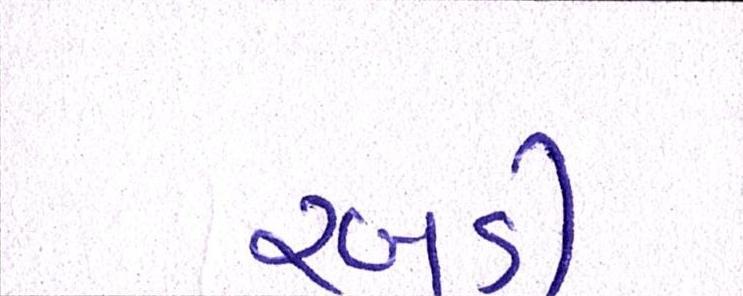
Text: રબડી